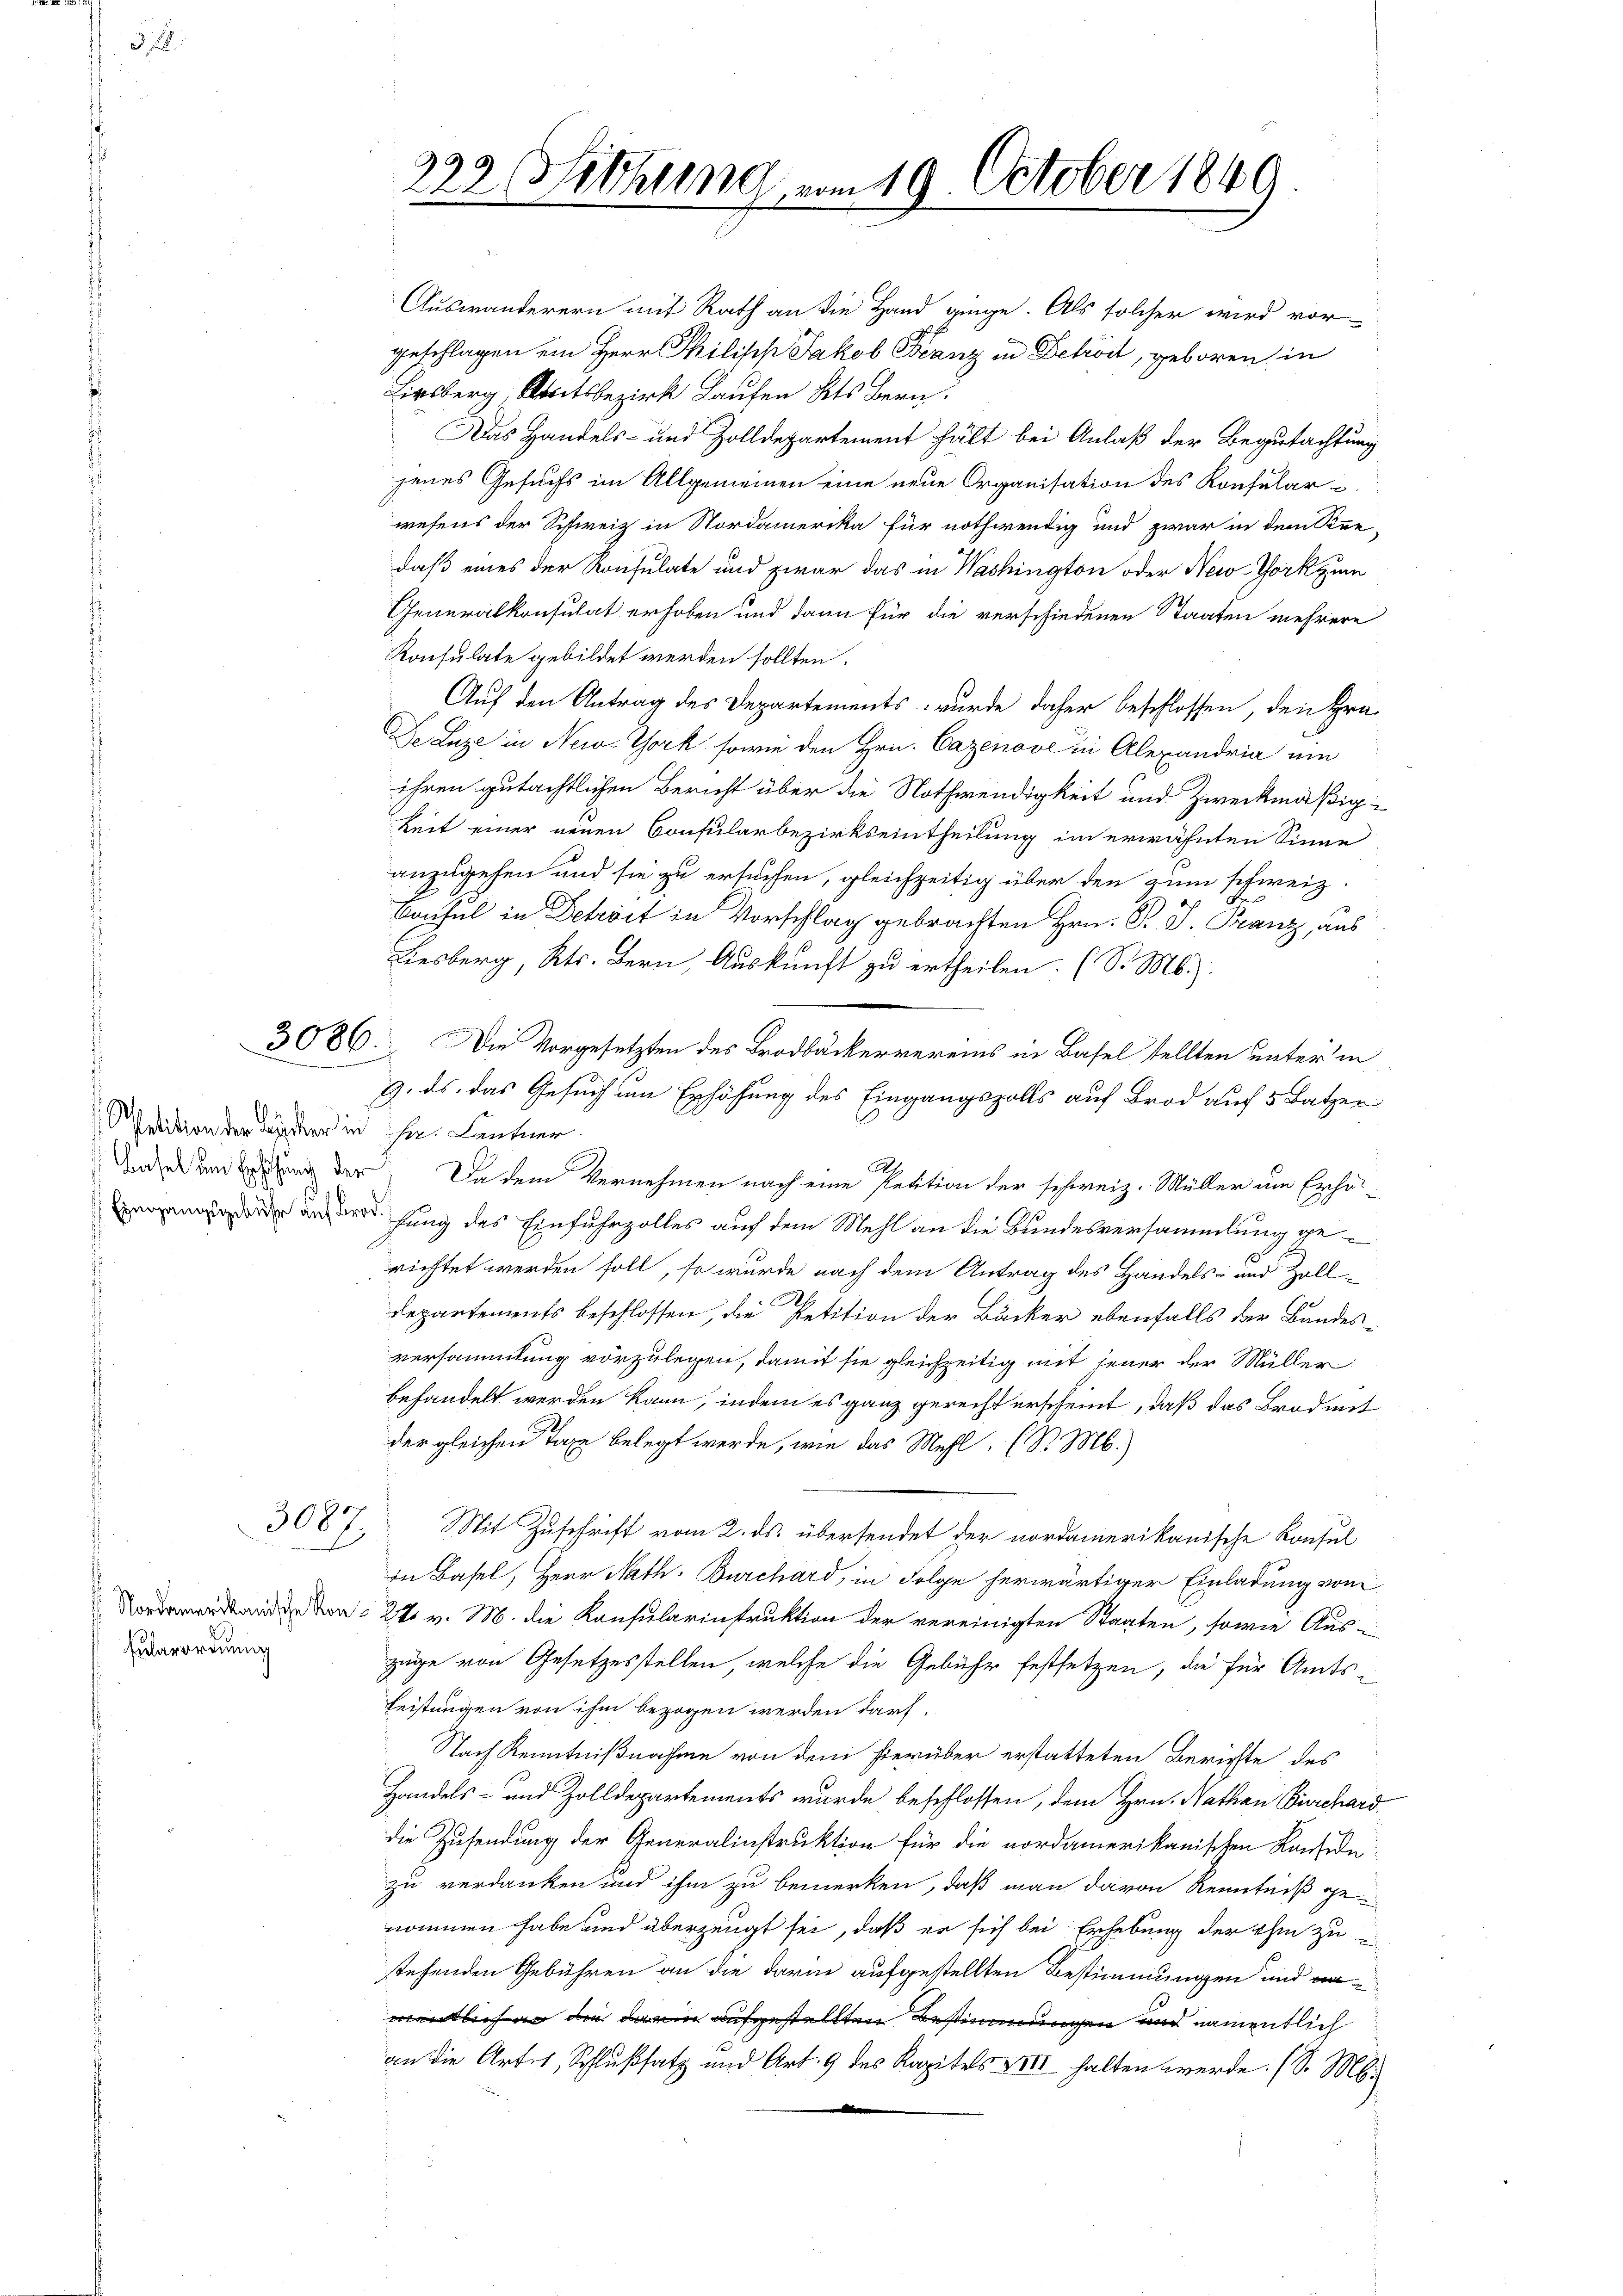
Petition der Bäcker in ihre Lentner.

3087

Fularordnung

222. Sitzung vom 19. October 1849.

Auswanderern mit Rath an die Hand ginge. Als solcher wird vor-
geschlagen ein Herr Philipp Jakob Franz in Detail, geboren in
Lisberg beitsbezirk Laufen Kts Bern.
Das Handels- und Zolldepartement hält bei Anlaß der Begutachtung
jenes Gesuchs im Allgemeinen eine neue Organisation des Konsularwesens der Schweiz in Nordamerika für nothwendig und zwar in dem See-
daß eines der Konsulate und zwar das in Washington oder New-York zum
Generalkonsulat erhoben und dann für die verschiedenen Staaten mehrere
Konsulate gebildet werden sollten.
Auf den Antrag des Departements wurde daher beschlossen, den Gra
De Luze in New-York sowie den Hrn. Cazenove in Alexandria um
ihren gutächtlichen Bericht über die Nothwendigkeit und Zweckmäßigkeit einer neuen Consularbezirkseintheilung im erwähnten Sinne
anzugehen und sie zu ersuchen, gleichzeitig über den zum schweiz.
Bonhel in Detrost in Vorschlag gebrachten Hrn. Pr. P. Franz aus
Liesberg, Kts. Bern, Auskunft zu ertheilen. (S. M.)
3086. Die Vorgesetzten des Brodbäckervereins in Basel stellten unter in
9. ds. das Gesuch um Erhöhung des Eingangszolls auf Brod auf 5 Batzer
2
Unde um Errung der. Da dem Vernehmen nach eine Petition der schweiz. Müller um Erho-
ehung des Einfuhrzolles auf dem Mehl an die Bundesversammlung gerichtet werden soll, so wurde nach dem Antrag des Handels- und Zoll¬
.
Departements beschlossen, die Petition der Bäcker ebenfalls der Bandes-
versammlung vorzulegen, damit sie gleichzeitig mit Feuer der Müller
behandelt werden kann, indem es ganz gerecht erscheint, daß das Brod mit
e
der gleichen Taxe belegt werde, wie das Mehl. (S. M.)
f
Mit Zuschrift vom 2. ds. übersendet der nordamerikanische Konsul
in Basel, Herr Nath. Burchard, in Folge herwärtiger Einladung vom
Vorden ande da 24 v. M. die Konsularinstruktion der vereinigten Staaten, sowie Auszüge von Gesetzesstellen, welche die Gebühr festsetzen, die für Amts¬
Leistungen von ihm bezogen werden darf,
Nach Kenntnißnahme von dem hierüber erstatteten Berichte des
Handels- und Zolldepartements wurde beschlossen, dem Hrn. Nathan Burchard
die Zusendung der Generalinstruktion für die nordamerikanischen Konside
zu verdanken und ihm zu bemerken, daß man davon Renntniß genommen habe und überzeugt sei, daß er sich bei Erhebung der ihm zu
stehenden Gebühren an die darin aufgestellten Bestimmungen und anmentlich an die darin aufgestellten Bestimmungen und namentlich
an die Artes, Schlußsatz und Art. 9 des Kapitels XXII halten werde. (S. M.
e